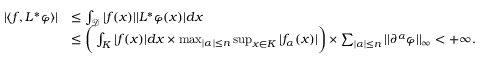
\begin{array} { r l } { | \langle f , L ^ { * } \varphi \rangle | } & { \leq \int _ { \mathcal { D } } | f ( x ) | | L ^ { * } \varphi ( x ) | d x } \\ & { \leq \bigg ( \int _ { K } | f ( x ) | d x \times \operatorname* { m a x } _ { | \alpha | \leq n } \operatorname* { s u p } _ { x \in K } | f _ { \alpha } ( x ) | \bigg ) \times \sum _ { | \alpha | \leq n } | | \partial ^ { \alpha } \varphi | | _ { \infty } < + \infty . } \end{array}